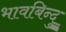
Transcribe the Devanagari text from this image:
भावबिन्दु